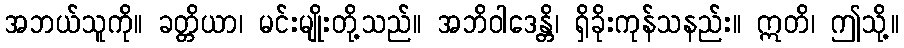
အဘယ်သူကို။ ခတ္တိယာ၊ မင်းမျိုးတို့သည်။ အဘိဝါဒေန္တိ၊ ရှိခိုးကုန်သနည်း။ ဣတိ၊ ဤသို့။